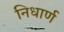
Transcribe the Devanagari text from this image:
निधार्ण